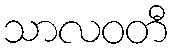
သာလဝတီ